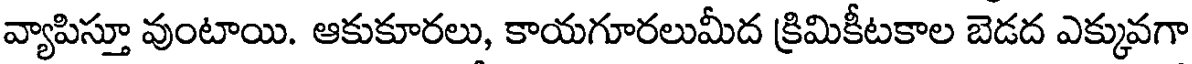
వ్యాపిస్తూ వుంటాయి. ఆకుకూరలు, కాయగూరలుమీద క్రిమికీటకాల బెడద ఎక్కువగా